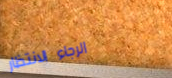
الرجاء الانتظار